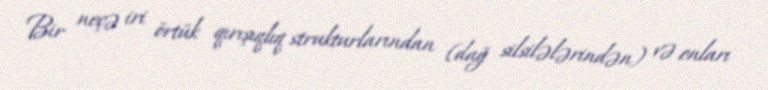
Bir neçə iri örtük qırışıqlıq strukturlarından (dağ silsilələrindən) və onları